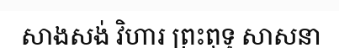
សាងសង់ វិហារ ព្រះពុទ្ធ សាសនា